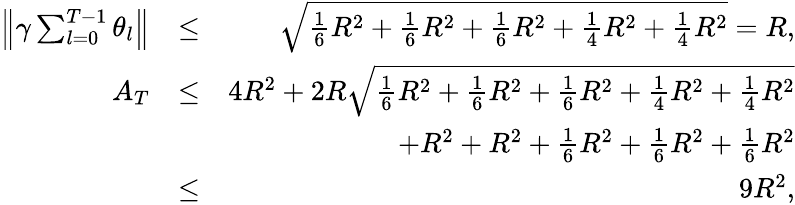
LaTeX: \begin{array}{rlr}{\left\| \gamma\sum_{l=0}^{T-1}\theta_{l}\right\| }&{\leq}&{\sqrt{\frac{1}{6}R^{2}+\frac{1}{6}R^{2}+\frac{1}{6}R^{2}+\frac{1}{4}R^{2}+\frac{1}{4}R^{2}}=R,}\\ {A_{T}}&{\leq}&{4R^{2}+2R\sqrt{\frac{1}{6}R^{2}+\frac{1}{6}R^{2}+\frac{1}{6}R^{2}+\frac{1}{4}R^{2}+\frac{1}{4}R^{2}}}\\ &{}&{\quad+R^{2}+R^{2}+\frac{1}{6}R^{2}+\frac{1}{6}R^{2}+\frac{1}{6}R^{2}}\\ &{\leq}&{9R^{2},}\end{array}